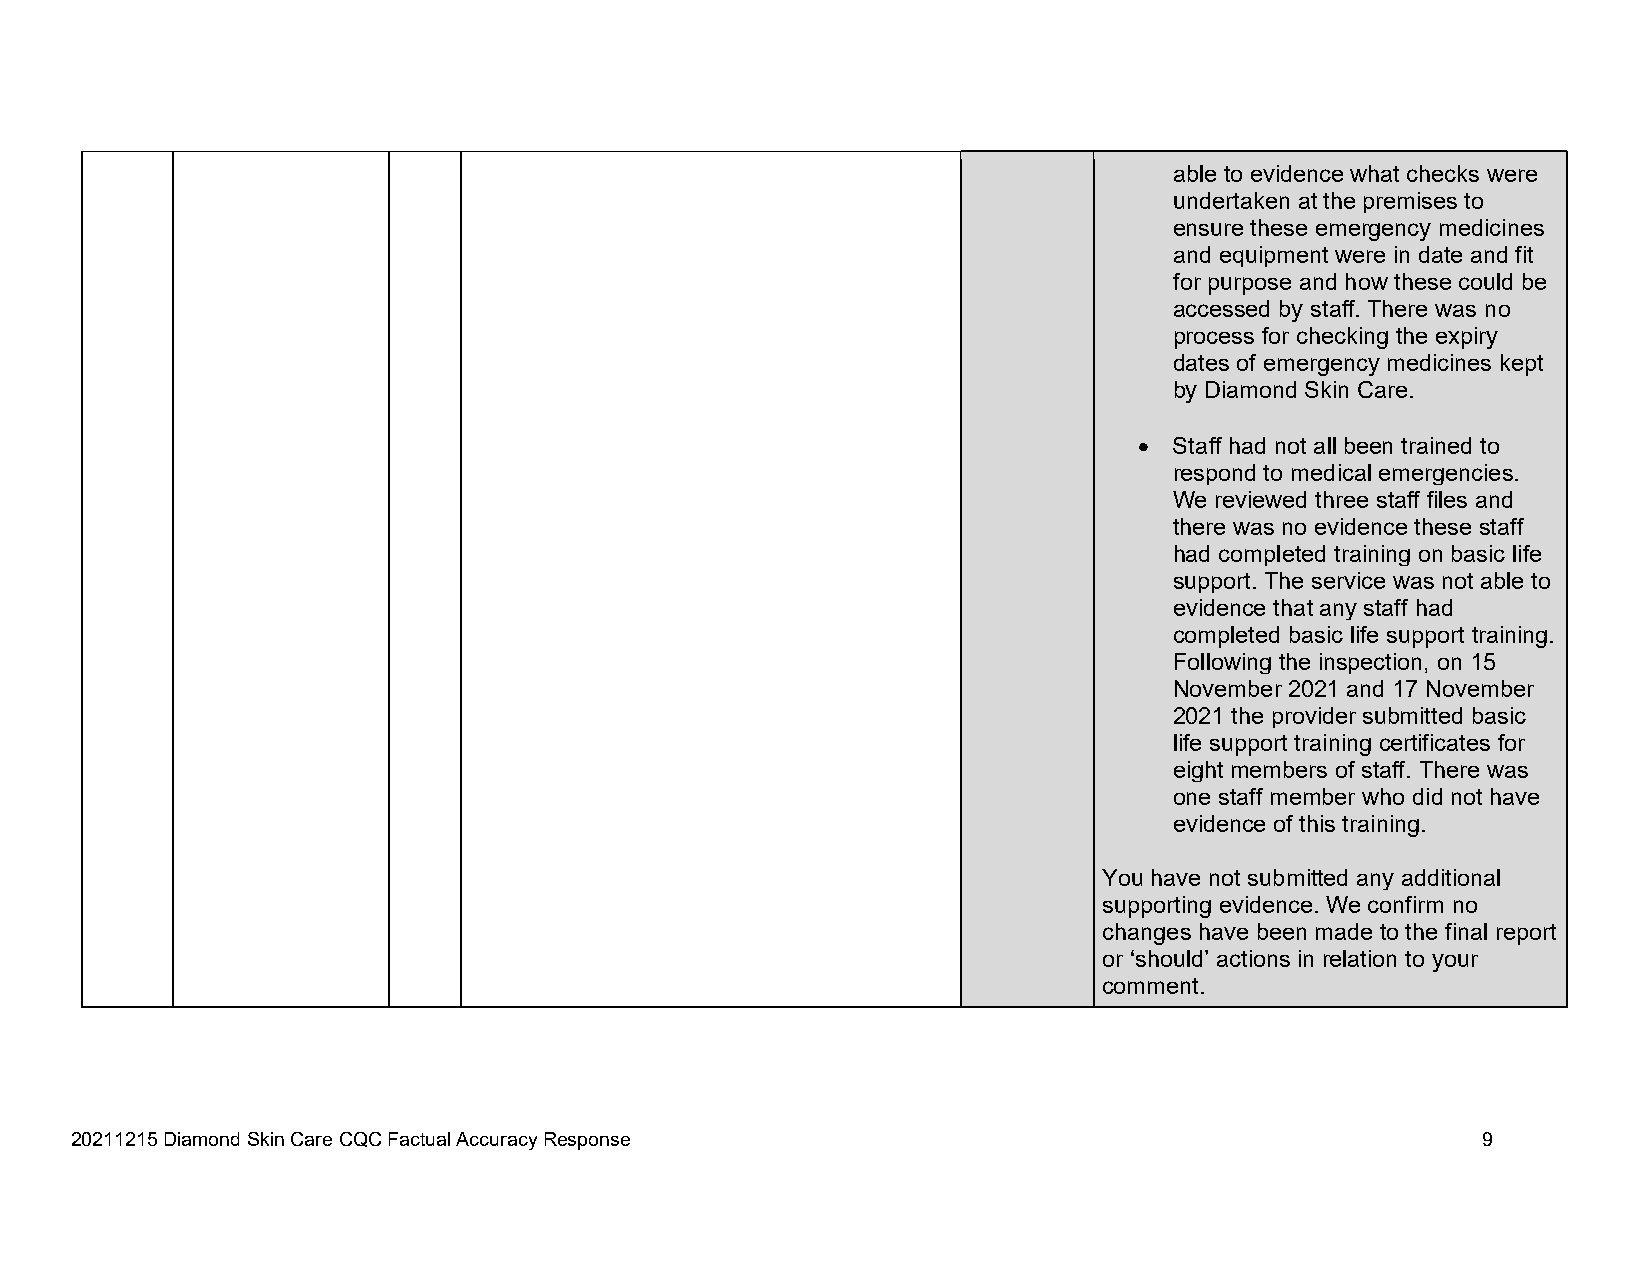
able to evidence what checks were
 undertaken at the premises to
 ensure these emergency medicines
 and equipment were in date and fit
 for purpose and how these could be
 accessed by staff. There was no
 process for checking the expiry
 dates of emergency medicines kept
 by Diamond Skin Care.
   Staff had not all been trained to
 respond to medical emergencies.
 We reviewed three staff files and
 there was no evidence these staff
 had completed training on basic life
 support. The service was not able to
 evidence that any staff had
 completed basic life support training.
 Following the inspection, on 15
 November 2021 and 17 November
 2021 the provider submitted basic
 life support training certificates for
 eight members of staff. There was
 one staff member who did not have
 evidence of this training.
 You have not submitted any additional
 supporting evidence. We confirm no
 changes have been made to the final report
 or ‘should’ actions in relation to your
 comment.
 20211215 Diamond Skin Care CQC Factual Accuracy Response                                     9